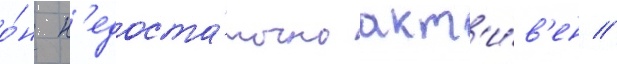
о́н н'едоста́точно акт'и́в'ен //